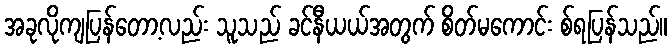
အခုလိုကျပြန်တော့လည်း သူသည် ခင်နီယယ်အတွက် စိတ်မကောင်း စ်ရပြန်သည်။